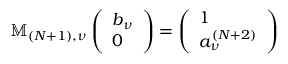
\mathbb { M } _ { ( N + 1 ) , \nu } \left( \begin{array} { l } { b _ { \nu } } \\ { 0 } \end{array} \right) = \left( \begin{array} { l } { 1 } \\ { a _ { \nu } ^ { ( N + 2 ) } } \end{array} \right)